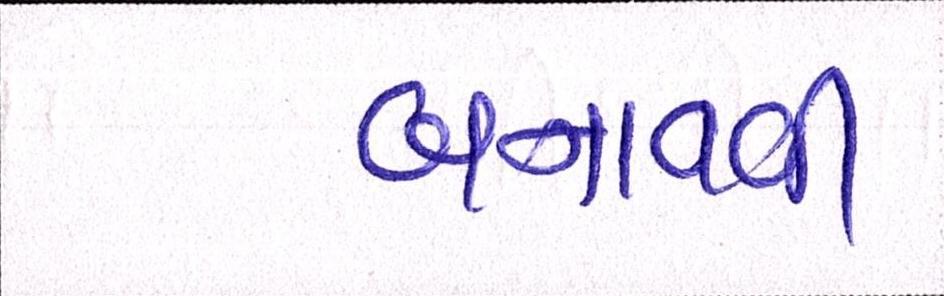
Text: બનાવવી